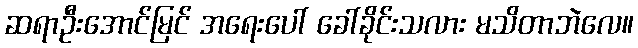
ဆရာဦးအောင်မြင် အရေးပေါ် ခေါ်ခိုင်းသလား မသိတာဘဲလေ။